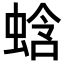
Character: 𬠑